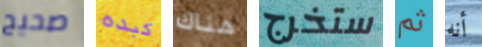
صحيح كبده هناك ستخرج ثم أنه